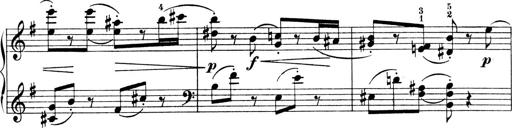
Title: 4 Sonatines
Composer: Max Reger